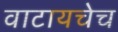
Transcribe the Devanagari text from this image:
वाटायचेच